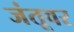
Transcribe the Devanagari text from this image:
जंतूवर